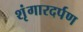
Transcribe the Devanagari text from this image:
शृंगारदर्पण